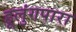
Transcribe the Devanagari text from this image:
हूलुंगपारा